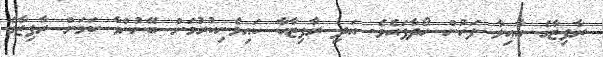
ރާފިޒާގެ އާއިލާ ފަހުން ހޯދާފައެވެ. އަދި ރާފިޒާއާ ކައިވެނިކުރުމަށް ބޭނުންވާ ކަމަށް ރާފިޒާގެ